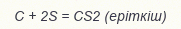
С + 2S = CS2 (еріткіш)